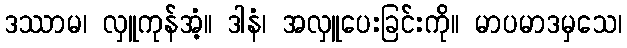
ဒဿာမ၊ လှူကုန်အံ့။ ဒါနံ၊ အလှူပေးခြင်းကို။ မာပမာဒမှသေ၊